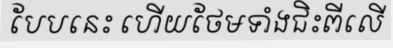
បែបនេះ ហើយថែមទាំងជិះពីលើ